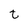
Character: t